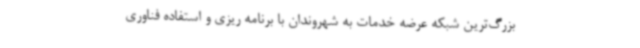
بزرگ‌ترین شبکه عرضه خدمات به شهروندان با برنامه ریزی و استفاده فناوری